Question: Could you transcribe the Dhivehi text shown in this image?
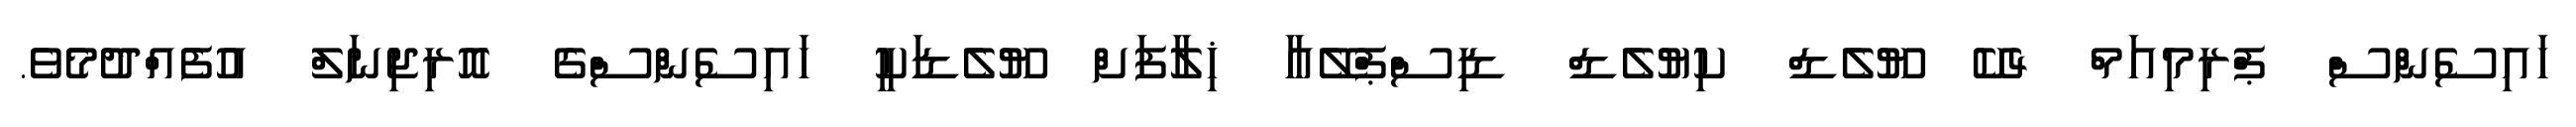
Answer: ހައިސެންްސް ޕްރިމިއަމް 4ކޭ ޔޫލެޑް ކިޔުލެޑް ޑިސްޕްލޭއާ ޚިލާފަށް ޔޫލެޑަކީ ހައިސެންސްގެ އޮރިޖިނަލް އުފެއްދުމެވެ.